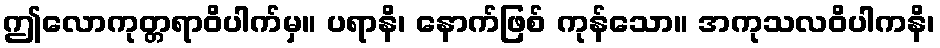
ဤလောကုတ္တရာဝိပါက်မှ။ ပရာနိ၊ နောက်ဖြစ် ကုန်သော။ အကုသလဝိပါကနိ၊